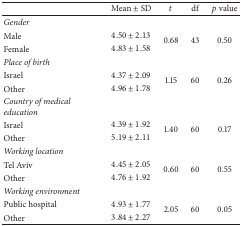
|  | Mean ± SD | t | df | p value |
 | --- | --- | --- | --- | --- |
 | Gender |  |  |  |  |
 | Male | 4.50 ± 2.13 | <ROWSPAN=2> 0.68 | <ROWSPAN=2> 43 | <ROWSPAN=2> 0.50 |
 | Female | 4.83 ± 1.58 |
 | Place of birth |  |  |  |  |
 | Israel | 4.37 ± 2.09 | <ROWSPAN=2> 1.15 | <ROWSPAN=2> 60 | <ROWSPAN=2> 0.26 |
 | Other | 4.96 ± 1.78 |
 | Country of medical education |  |  |  |  |
 | Israel | 4.39 ± 1.92 | <ROWSPAN=2> 1.40 | <ROWSPAN=2> 60 | <ROWSPAN=2> 0.17 |
 | Other | 5.19 ± 2.11 |
 | Working location |  |  |  |  |
 | Tel Aviv | 4.45 ± 2.05 | <ROWSPAN=2> 0.60 | <ROWSPAN=2> 60 | <ROWSPAN=2> 0.55 |
 | Other | 4.76 ± 1.92 |
 | Working environment |  |  |  |  |
 | Public hospital | 4.93 ± 1.77 | <ROWSPAN=2> 2.05 | <ROWSPAN=2> 60 | <ROWSPAN=2> 0.05 |
 | Other | 3.84 ± 2.27 |